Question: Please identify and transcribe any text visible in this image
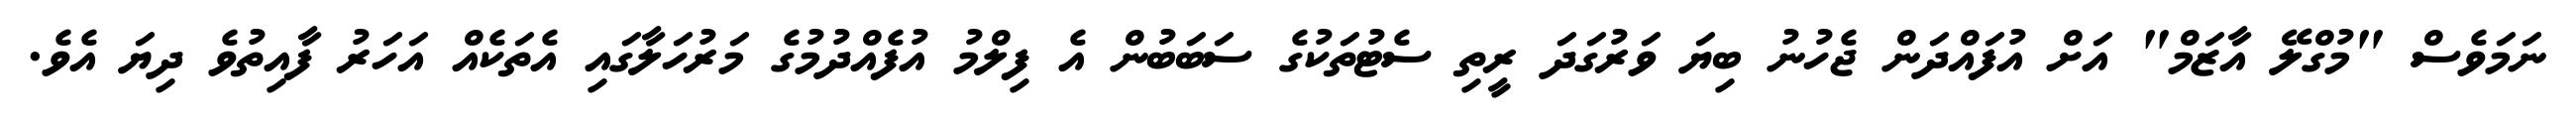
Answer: ނަމަވެސް "މުގްލޭ އާޒަމް" އަށް އުފައްދަން ޖެހުނު ބިޔަ ވަރުގަދަ ރީތި ސެޓުތަކުގެ ސަބަބުން އެ ފިލްމު އުފެއްދުމުގެ މަރުހަލާގައި އެތަކެއް އަހަރު ފާއިތުވެ ދިޔަ އެވެ.